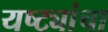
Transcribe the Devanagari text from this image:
यष्ट्यांचा